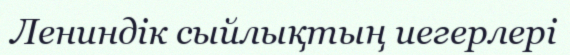
Лениндік сыйлықтың иегерлері